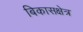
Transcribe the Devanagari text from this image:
बिकासक्षेत्र